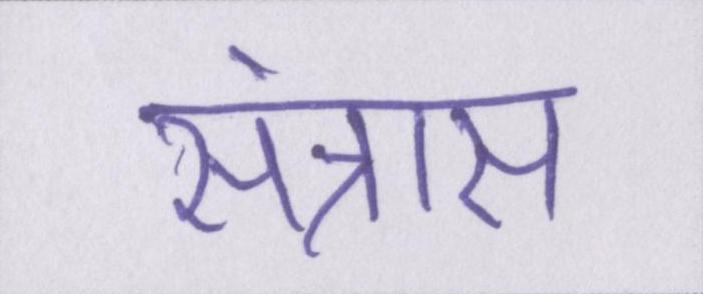
संत्रास